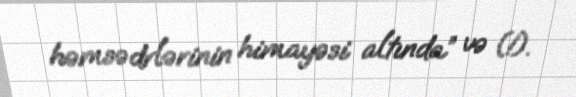
həmsədrlərinin himayəsi altında” və (!).